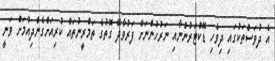
އެ ދުވަސްތަކުގައި ދިވެހި ޑޮކްޓަރުންނާއި ނަރުހުންނަށް ފަރުވާދޭ ގޮތުގެ ތަމްރީނުތައް ކުރިއަށްގެންދިއުމަށް ވަނީ